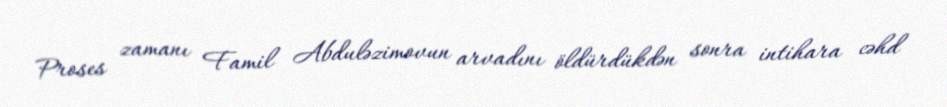
Proses zamanı Famil Abduləzimovun arvadını öldürdükdən sonra intihara cəhd